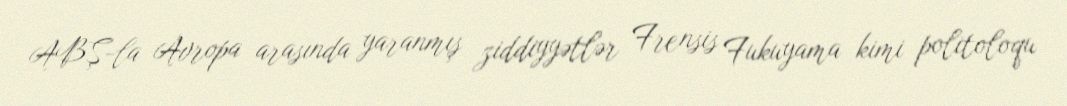
ABŞ-la Avropa arasında yaranmış ziddiyyətlər Frensis Fukuyama kimi politoloqu